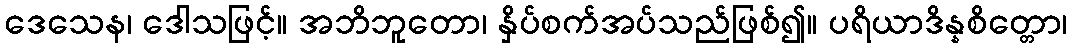
ဒေသေန၊ ဒေါသဖြင့်။ အဘိဘူတော၊ နှိပ်စက်အပ်သည်ဖြစ်၍။ ပရိယာဒိန္နစိတ္တော၊